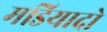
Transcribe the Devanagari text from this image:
मडियादो